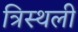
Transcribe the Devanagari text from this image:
त्रिस्थली